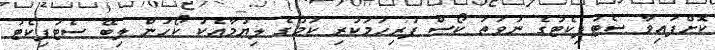
ކޮށްފައިވާ ސެޓުފިކެޓުގެ ނުވަތަ ކޯސް ފުރިހަމަކުރި ކަމުގެ ލިޔުމާއެކު ކޯހުން ލިބޭ ސެޓުފިކެޓު